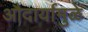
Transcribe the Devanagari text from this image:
औदार्यामुळे